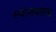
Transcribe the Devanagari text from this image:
स्थानधारक